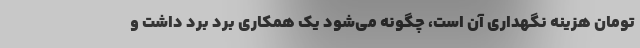
تومان هزینه نگهداری آن است، چگونه می‌شود یک همکاری برد برد داشت و